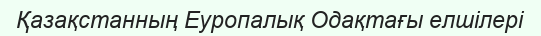
Қазақстанның Еуропалық Одақтағы елшілері